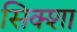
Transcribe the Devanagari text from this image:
सिक्शा